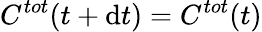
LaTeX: C^{tot}(t+\mathrm{d}t)=C^{tot}(t)